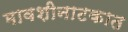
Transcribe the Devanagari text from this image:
मावशीनाटकात